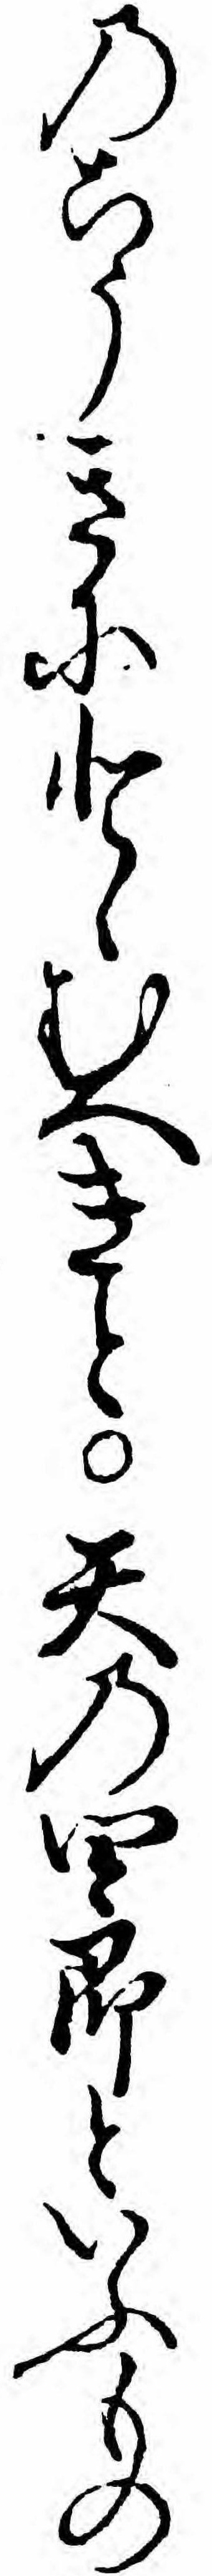
のこうきにとゝむへきと天の四郎といふもの